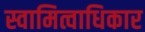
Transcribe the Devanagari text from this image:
स्वामित्वाधिकार